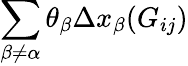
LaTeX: \sum_{\beta\ne\alpha}\theta_{\beta}\Delta x_{\beta}(G_{ij})